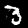
Label: 3